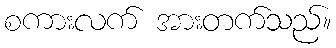
စကားလက် အားတက်သည်။